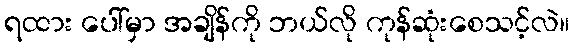
ရထား ပေါ်မှာ အချိန်ကို ဘယ်လို ကုန်ဆုံးစေသင့်လဲ။